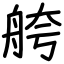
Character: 舿